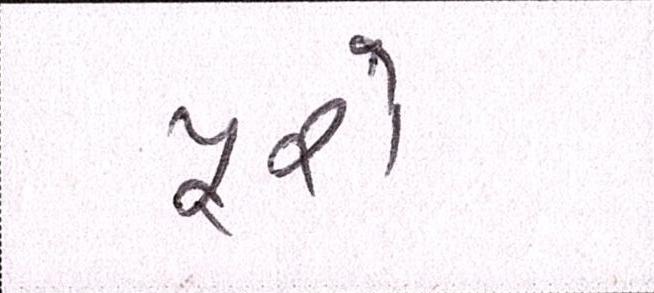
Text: પૂરો